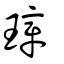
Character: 璋